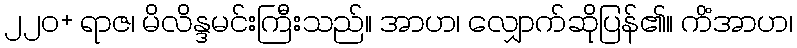
၂၂၀+ ရာဇ၊ မိလိန္ဒမင်းကြီးသည်။ အာဟ၊ လျှောက်ဆိုပြန်၏။ ကိံအာဟ၊